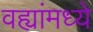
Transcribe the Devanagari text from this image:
वह्यांमध्ये